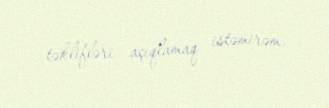
təklifləri açıqlamaq istəmirəm.